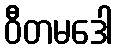
ဝီတမဒေါ